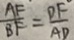
\frac { A F } { B F } = \frac { D F } { A D }